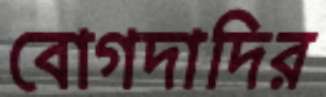
বোগদাদির